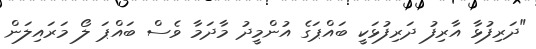
"ދަރިފުޅާ އާރިފު ދަރިފުޅަކީ ބައްޕަގެ އުންމީދު މާދަމާ ވެސް ބައްޕަ ލޯ މަރައިލަން